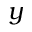
y